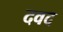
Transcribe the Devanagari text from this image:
दवद